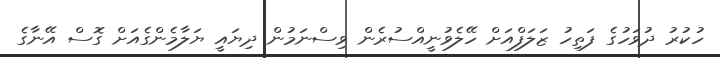
ހުކުރު ދުވަހުގެ ފަތިހު ޒަލަފްއަށް ހޭލެވުނީއްސުރެން ވިސްނަމުން ދިޔައީ ޔަލާމެންގެއަށް ގޮސް އޭނާގެ